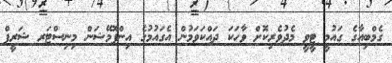
ގެމްބިއާގެ ގައުމީ ޓީވީ މެދުވެރިކޮށް ވާހަކަ ދައްކަވަމުން އެގައުމުގެ އިންފޮމޭޝަން މިނިސްޓަރ ޝަރީފް